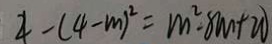
4 - ( 4 - m ) ^ { 2 } = m ^ { 2 } - 8 m + 2 0